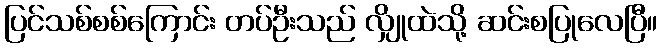
ပြင်သစ်စစ်ကြောင်း တပ်ဦးသည် လျှိုထဲသို့ ဆင်းစပြုလေပြီ။